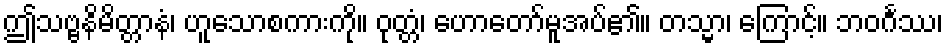
ဤသဗ္ဗနိမိတ္တာနံ၊ ဟူသောစကားကို။ ဝုတ္တံ၊ ဟောတော်မူအပ်၏။ တသ္မာ၊ ကြောင့်။ ဘဝင်္ဂဿ၊